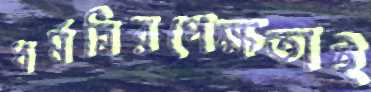
ধর্মনিরপেক্ষতাই